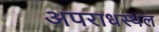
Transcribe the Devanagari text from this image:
अपराधस्थल